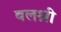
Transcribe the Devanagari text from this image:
बलश्री